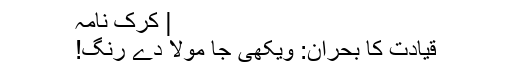
| کرک نامہ
قیادت کا بحران: ویکھی جا مولا دے رنگ!